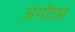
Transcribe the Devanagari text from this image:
अंगोछा